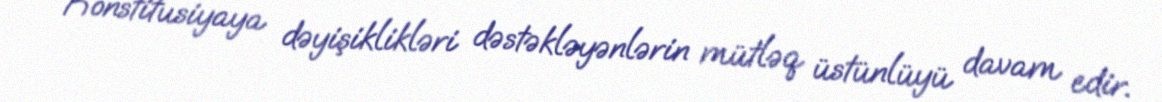
Konstitusiyaya dəyişiklikləri dəstəkləyənlərin mütləq üstünlüyü davam edir.